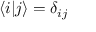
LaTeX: \langle i | j \rangle = \delta _ { i j }